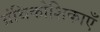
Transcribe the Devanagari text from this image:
ग्रंथिकोशिकाएँ